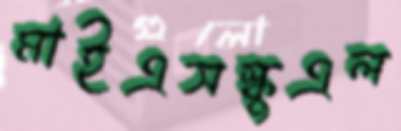
মাইএসস্কুএল